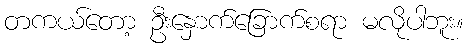
တကယ်တော့ ဦးနှောက်ခြောက်စရာ မလိုပါဘူး။